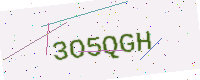
Text: 3O5QGH